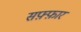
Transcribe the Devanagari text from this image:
सफ़्फ़ार